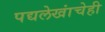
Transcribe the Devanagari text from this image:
पद्यलेखांचेही